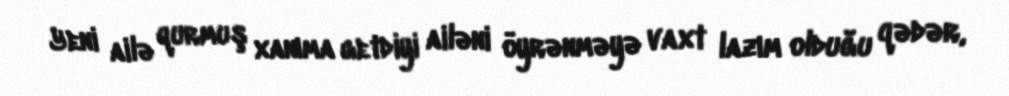
Yeni ailə qurmuş xanıma getdiyi ailəni öyrənməyə vaxt lazım olduğu qədər,